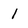
Character: 1